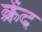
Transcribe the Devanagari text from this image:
क्रेंद